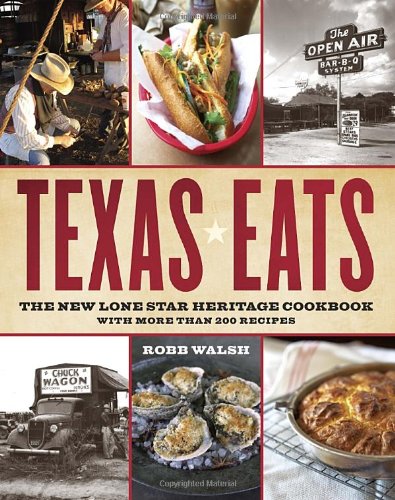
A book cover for Texas Eats: The New Lone Star Heritage Cookbook, with More Than 200 Recipes; Robb Walsh; Cookbooks, Food & Wine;